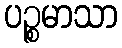
ပဉ္စမာသာ